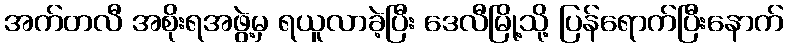
အက်တလီ အစိုးရအဖွဲ့မှ ရယူလာခဲ့ပြီး ဒေလီမြို့သို့ ပြန်ရောက်ပြီးနောက်